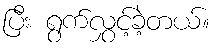
ပြီး ရွက်လွှင့်ခဲ့တယ်။